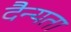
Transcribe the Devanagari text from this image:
दैन्यता